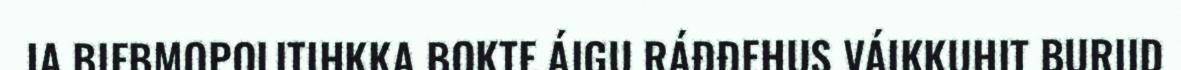
JA BIEBMOPOLITIHKKA BOKTE ÁIGU RÁĐĐEHUS VÁIKKUHIT BURIID